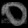
Digit: ၀